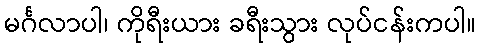
မင်္ဂလာပါ၊ ကိုရီးယား ခရီးသွား လုပ်ငန်းကပါ။